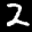
Label: 2